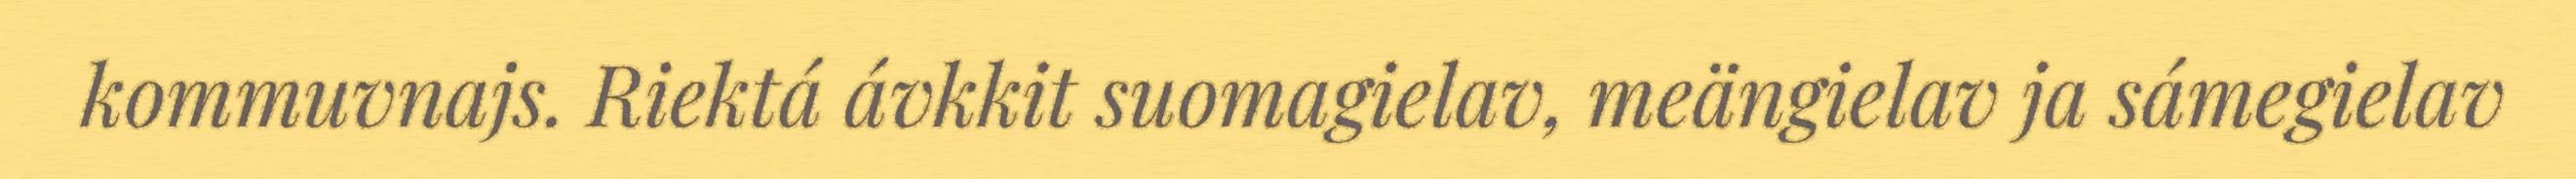
kommuvnajs. Riektá ávkkit suomagielav, meängielav ja sámegielav